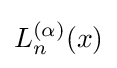
L_{n}^{(\alpha )}(x)